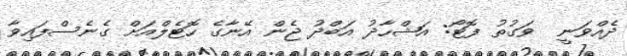
ދެއްވަނީ  ވަގުތު ފޮޓޯ: އަޝްހާދު އަބްދު ޖެން އޭނާގެ ހޮޓެލްއަށް ގެނެސްފައިވާ